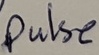
Text: Pulse